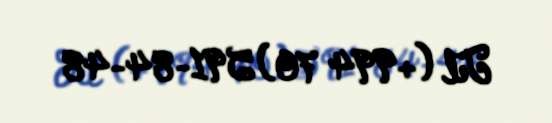
Tel (+994 70) 591-84-48